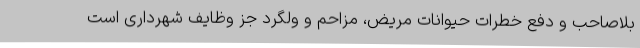
بلاصاحب و دفع خطرات حیوانات مریض، مزاحم و ولگرد جز وظایف شهرداری است